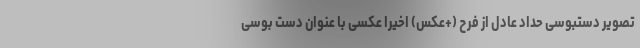
تصویر دستبوسی حداد عادل از فرح (+عکس) اخیراً عکسی با عنوان دست بوسی